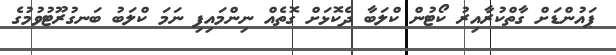
ޕައުންޑަށް ގާތްކުރާއިރު ކޯޓުން ކްލަބާ ދެކޮޅަށް ގޮތެއް ނިންމައިފި ނަމަ ކްލަބު ބަނގުރޫޓުވުމުގެ